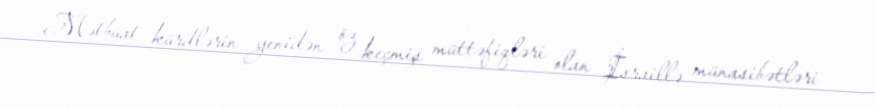
Mətbuat kürdlərin yenidən öz keçmiş müttəfiqləri olan İsraillə münasibətləri